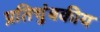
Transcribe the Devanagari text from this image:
प्रतिचुंबकीय